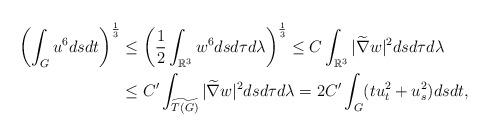
LaTeX: \begin{align*}\left(\int_Gu^6dsdt\right)^{\frac 13}&\le \left(\frac1{2}\int_{\mathbb R^3}w^6dsd\tau d\lambda\right)^{\frac 13}\le C\int_{\mathbb R^3}|\widetilde{\nabla}w|^2dsd\tau d\lambda\\&\le C'\int_{\widetilde{T(G)}}|\widetilde \nabla w|^2dsd\tau d\lambda=2C'\int_G(tu_t^2+u_s^2)dsdt,\end{align*}